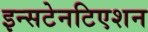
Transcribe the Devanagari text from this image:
इन्सटेनटिएशन